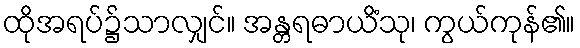
ထိုအရပ်၌သာလျှင်။ အန္တရဓာယိံသု၊ ကွယ်ကုန်၏။